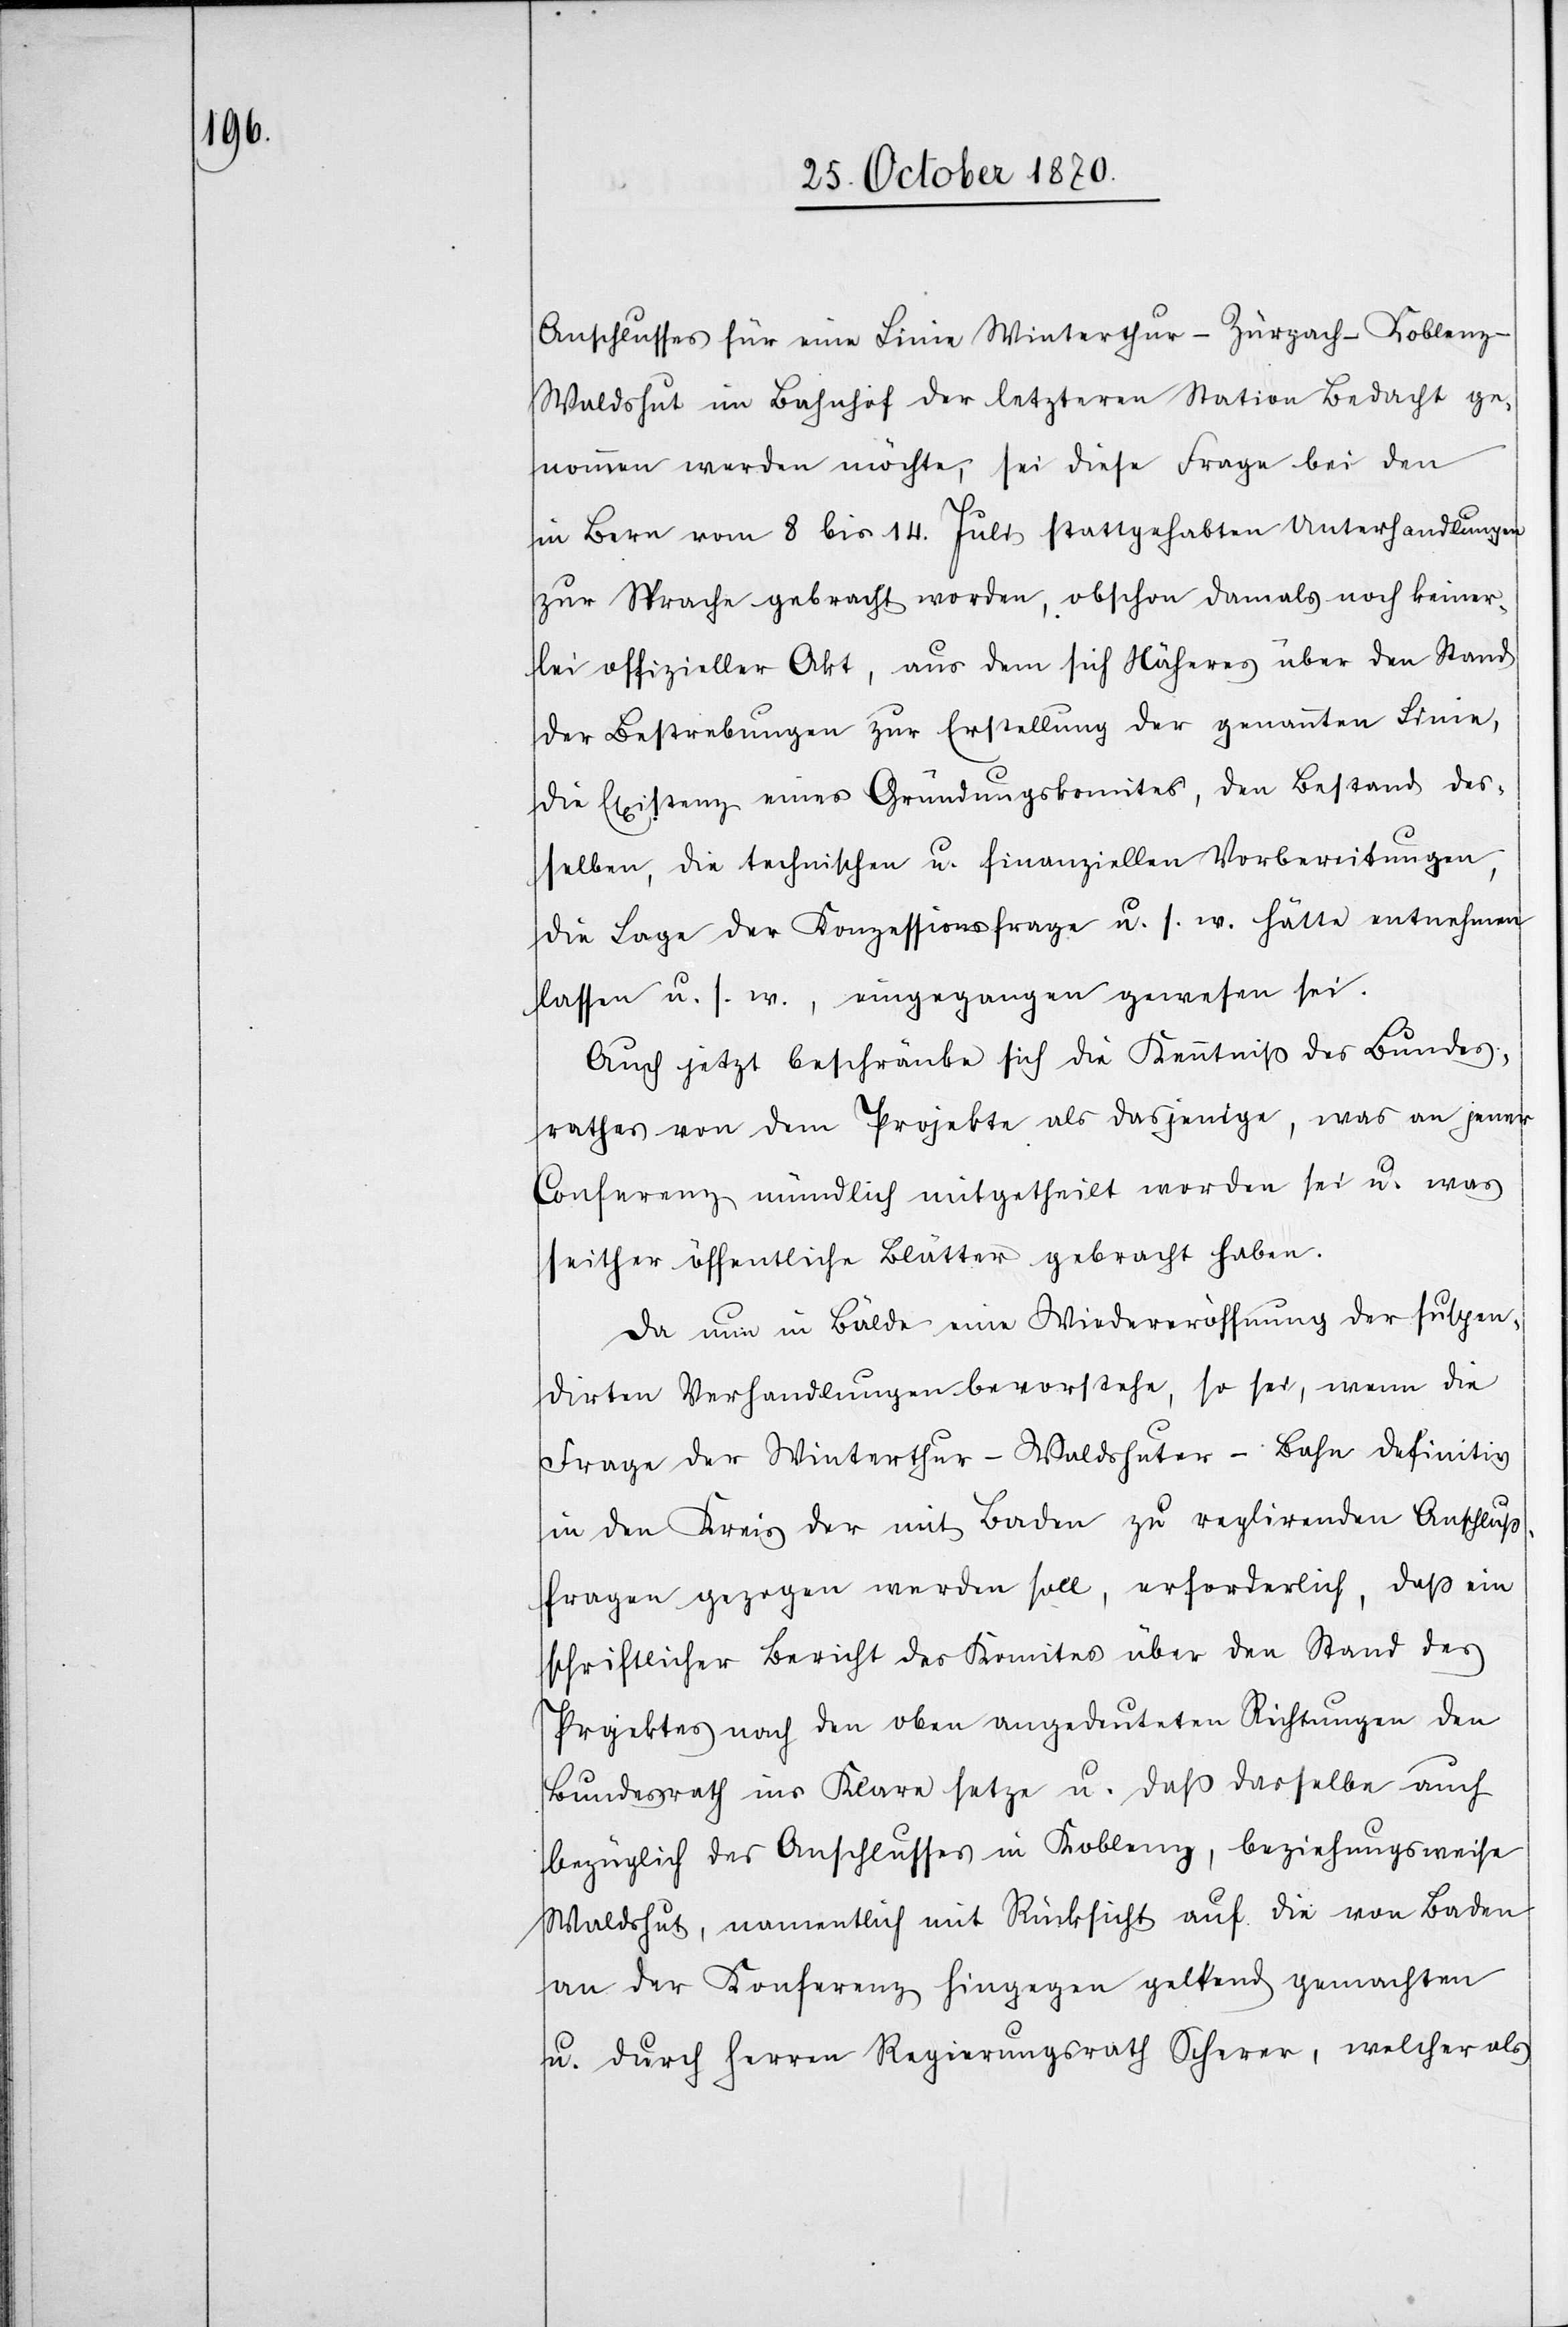
Anschlusses für eine Linie Winterthur–Zurzach–Koblenz–W¬
aldshut im Bahnhof der letzteren Station Bedacht ge¬
nommen werden möchte, sei diese Frage bei den
in Bern vom 8. bis 14. Juli stattgehabten Unterhandlungen
zur Sprache gebracht worden, obschon damals noch keiner¬
lei offizieller Akt, aus dem sich Näheres über den Stand
der Bestrebungen zur Erstellung der genannten Linie,
die Existenz eines Gründungskomites, den Bestand des¬
selben, die technischen u. finanziellen Vorbereitungen,
die Lage der Konzessionsfrage u. s. w. hätte entnehmen
lassen u. s. w., eingegangen gewesen sei.
Auch jetzt beschränke sich die Kenntniß des Bundes¬
rathes von dem Projekte auf dasjenige, was an jener
Conferenz mündlich mitgetheilt worden sei u. was
seither öffentliche Blätter gebracht haben.
Da nun in Bälde eine Wiedereröffnung der suspen¬
dirten Verhandlungen bevorstehe, so sei, wenn die
Frage der Winterthur–Waldshuter-Bahn definitiv
in den Kreis der mit Baden zu reglirenden Anschluß¬
fragen gezogen werden soll, erforderlich, daß ein
schriftlicher Bericht des Komites über den Stand des
Projektes nach den oben angedeuteten Richtungen den
Bundesrath ins Klare setze u. daß dasselbe auch
bezüglich des Anschlusses in Koblenz, beziehungsweise
Waldshut, namentlich mit Rücksicht auf die von Baden
an der Konferenz hingegen geltend gemachten
u. durch Herren Regierungsrath Scherer, welcher als